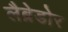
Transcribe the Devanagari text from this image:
लैब्रेडोर